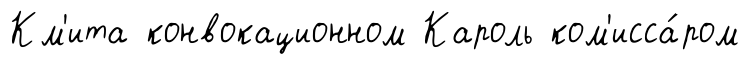
Км'ита конвокационном Кароль ком'исса́ром